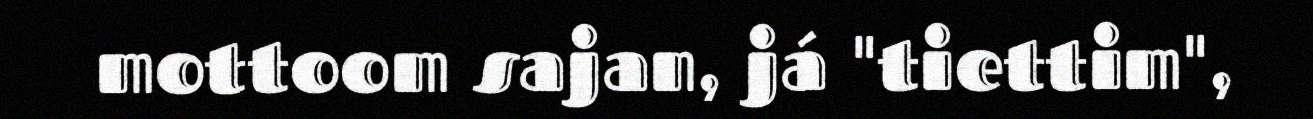
mottoom sajan, já "tiettim",